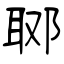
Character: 郰